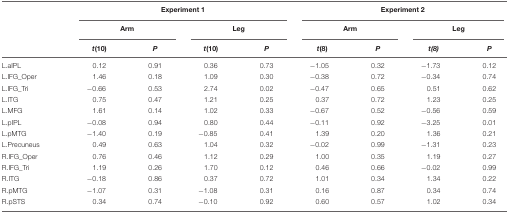
<table><thead><tr><td></td><td colspan="4"><b>Experiment 1</b></td><td colspan="4"><b>Experiment 2</b></td></tr><tr><td></td><td colspan="2"><b>Arm</b></td><td colspan="2"><b>Leg</b></td><td colspan="2"><b>Arm</b></td><td colspan="2"><b>Leg</b></td></tr><tr><td></td><td><b><i>t</i>(10)</b></td><td><b><i>P</i></b></td><td><b><i>t</i>(10)</b></td><td><b><i>P</i></b></td><td><b><i>t</i>(8)</b></td><td><b><i>P</i></b></td><td><b><i>t(8)</i></b></td><td><b><i>P</i></b></td></tr></thead><tbody><tr><td>L.aIPL</td><td>0.12</td><td>0.91</td><td>0.36</td><td>0.73</td><td>-1.05</td><td>0.32</td><td>-1.73</td><td>0.12</td></tr><tr><td>L.IFG_Oper</td><td>1.46</td><td>0.18</td><td>1.09</td><td>0.30</td><td>-0.38</td><td>0.72</td><td>-0.34</td><td>0.74</td></tr><tr><td>L.IFG_Tri</td><td>-0.66</td><td>0.53</td><td>2.74</td><td>0.02</td><td>-0.47</td><td>0.65</td><td>0.51</td><td>0.62</td></tr><tr><td>L.ITG</td><td>0.75</td><td>0.47</td><td>1.21</td><td>0.25</td><td>0.37</td><td>0.72</td><td>1.23</td><td>0.25</td></tr><tr><td>L.MFG</td><td>1.61</td><td>0.14</td><td>1.02</td><td>0.33</td><td>-0.67</td><td>0.52</td><td>-0.56</td><td>0.59</td></tr><tr><td>L.pIPL</td><td>-0.08</td><td>0.94</td><td>0.80</td><td>0.44</td><td>-0.11</td><td>0.92</td><td>-3.25</td><td>0.01</td></tr><tr><td>L.pMTG</td><td>-1.40</td><td>0.19</td><td>-0.85</td><td>0.41</td><td>1.39</td><td>0.20</td><td>1.36</td><td>0.21</td></tr><tr><td>L.Precuneus</td><td>0.49</td><td>0.63</td><td>1.04</td><td>0.32</td><td>-0.02</td><td>0.99</td><td>-1.31</td><td>0.23</td></tr><tr><td>R.IFG_Oper</td><td>0.76</td><td>0.46</td><td>1.12</td><td>0.29</td><td>1.00</td><td>0.35</td><td>1.19</td><td>0.27</td></tr><tr><td>R.IFG_Tri</td><td>1.19</td><td>0.26</td><td>1.70</td><td>0.12</td><td>0.46</td><td>0.66</td><td>-0.02</td><td>0.99</td></tr><tr><td>R.ITG</td><td>-0.18</td><td>0.86</td><td>0.37</td><td>0.72</td><td>1.01</td><td>0.34</td><td>1.34</td><td>0.22</td></tr><tr><td>R.pMTG</td><td>-1.07</td><td>0.31</td><td>-1.08</td><td>0.31</td><td>0.16</td><td>0.87</td><td>0.34</td><td>0.74</td></tr><tr><td>R.pSTS</td><td>0.34</td><td>0.74</td><td>-0.10</td><td>0.92</td><td>0.60</td><td>0.57</td><td>1.02</td><td>0.34</td></tr></tbody></table>